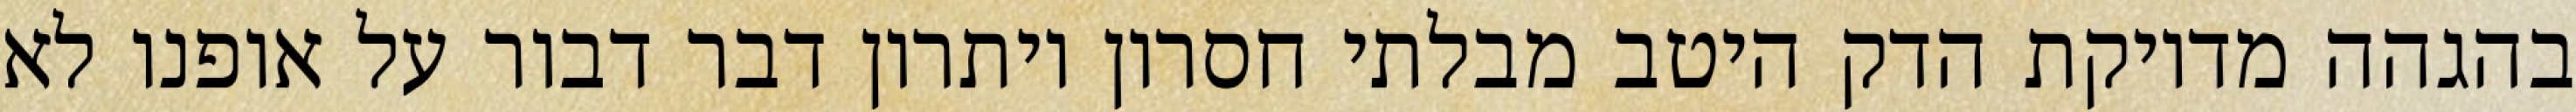
בהגהה מדויקת הדק היטב מבלתי חסרון ויתרון דבר דבור על אופנו לא